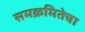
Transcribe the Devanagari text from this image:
समक्रमितेचा